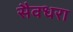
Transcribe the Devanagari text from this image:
सैवधरा